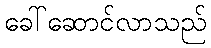
ခေါ်ဆောင်လာသည်